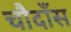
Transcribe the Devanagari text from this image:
चौदाँस